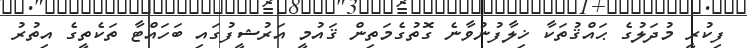
ފިކުރީ މުދަލުގެ ޙައްޤުތަކާ ޚިލާފުނުވާނެ ގޮތުގެމަތިން ޤައުމީ އަރުޝީފުގައި ބަހައްޓާ ތަކެތީގެ އިތުރު